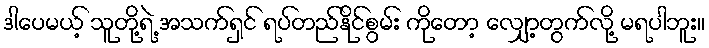
ဒါပေမယ့် သူတို့ရဲ့ အသက်ရှင် ရပ်တည်နိုင်စွမ်း ကိုတော့ လျှော့တွက်လို့ မရပါဘူး။